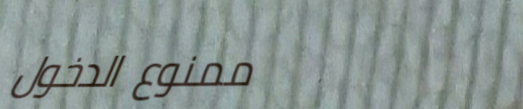
ممنوع الدخول